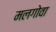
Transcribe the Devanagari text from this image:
मलगोवा